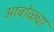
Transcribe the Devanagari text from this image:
आंबोळ्या